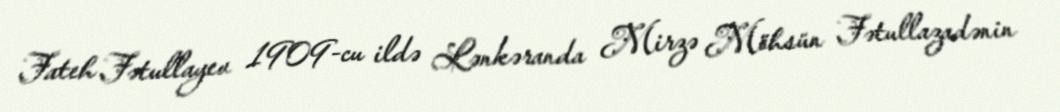
Fateh Fətullayev 1909-cu ildə Lənkəranda Mirzə Möhsün Fətullazadənin